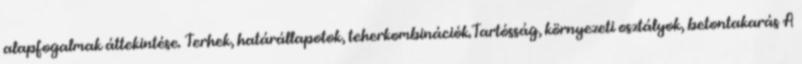
alapfogalmak áttekintése. Terhek, határállapotok, teherkombinációk.Tartósság, környezeti osztályok, betontakarás A